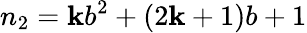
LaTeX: n_{2}=\mathbf{k}b^{2}+(2\mathbf{k}+1)b+1